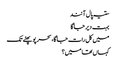
ستیہ پال آنند
بہت دیر جاگا
میں کل رات جاگا، سحر پو پھٹے تک
کہاں تھا میں؟